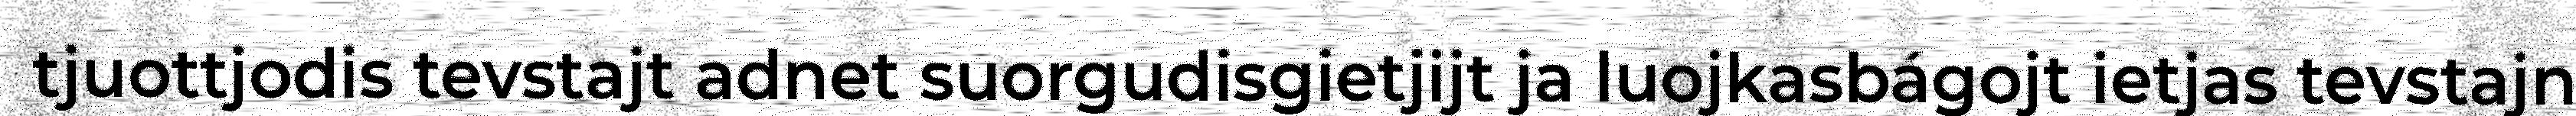
tjuottjodis tevstajt adnet suorgudisgietjijt ja luojkasbágojt ietjas tevstajn